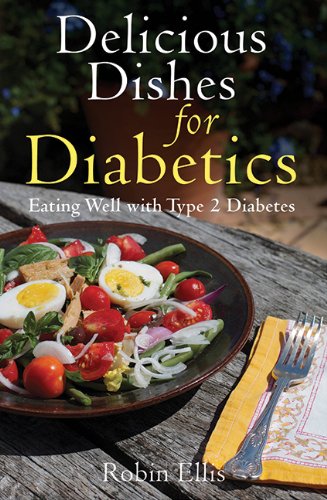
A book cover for Delicious Dishes for Diabetics: Eating Well with Type-2 Diabetes; Robin Ellis; Cookbooks, Food & Wine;